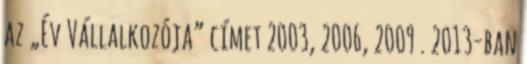
az „Év Vállalkozója” címet 2003, 2006, 2009 . 2013-ban